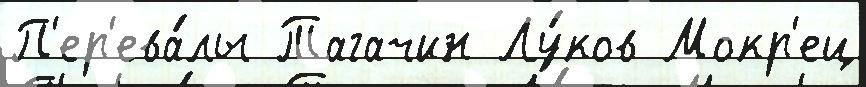
П'ер'ева́лы Тагачин Лу́ков Мокр'ец